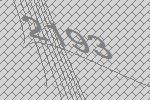
2193